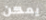
يمكن